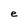
Character: e